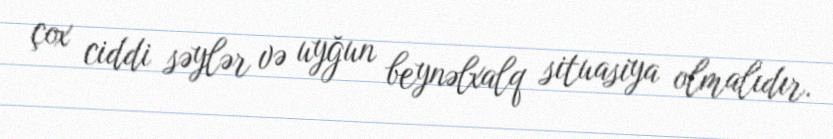
çox ciddi səylər və uyğun beynəlxalq situasiya olmalıdır.